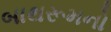
બાથરૂમનો